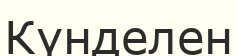
Күнделен